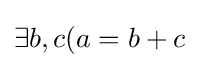
\exists b,c(a=b+c